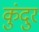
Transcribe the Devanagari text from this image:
कुंदुर